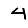
Digit: 4